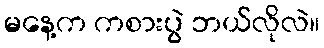
မနေ့က ကစားပွဲ ဘယ်လိုလဲ။